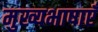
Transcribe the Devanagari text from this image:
मुख्यभाषाएँ